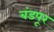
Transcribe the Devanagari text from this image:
बंडपूर